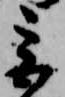
宮